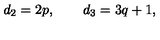
d _ { 2 } = 2 p , \qquad d _ { 3 } = 3 q + 1 ,